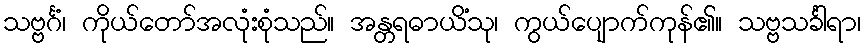
သဗ္ဗင်္ဂံ၊ ကိုယ်တော်အလုံးစုံသည်။ အန္တရဓာယိံသု၊ ကွယ်ပျောက်ကုန်၏။ သဗ္ဗသင်္ခါရာ၊